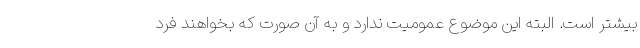
بیشتر است. البته این موضوع عمومیت ندارد و به آن صورت که بخواهند فرد